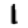
Digit: 1